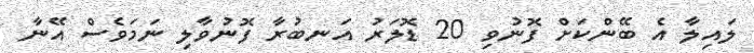
ލައިލާ އެ ބޭންކަށް ފޮނުވި 20 ޑޮލަރު އަނބުރާ ފޮނުވާލި ނަމަވެސް އޭނާ